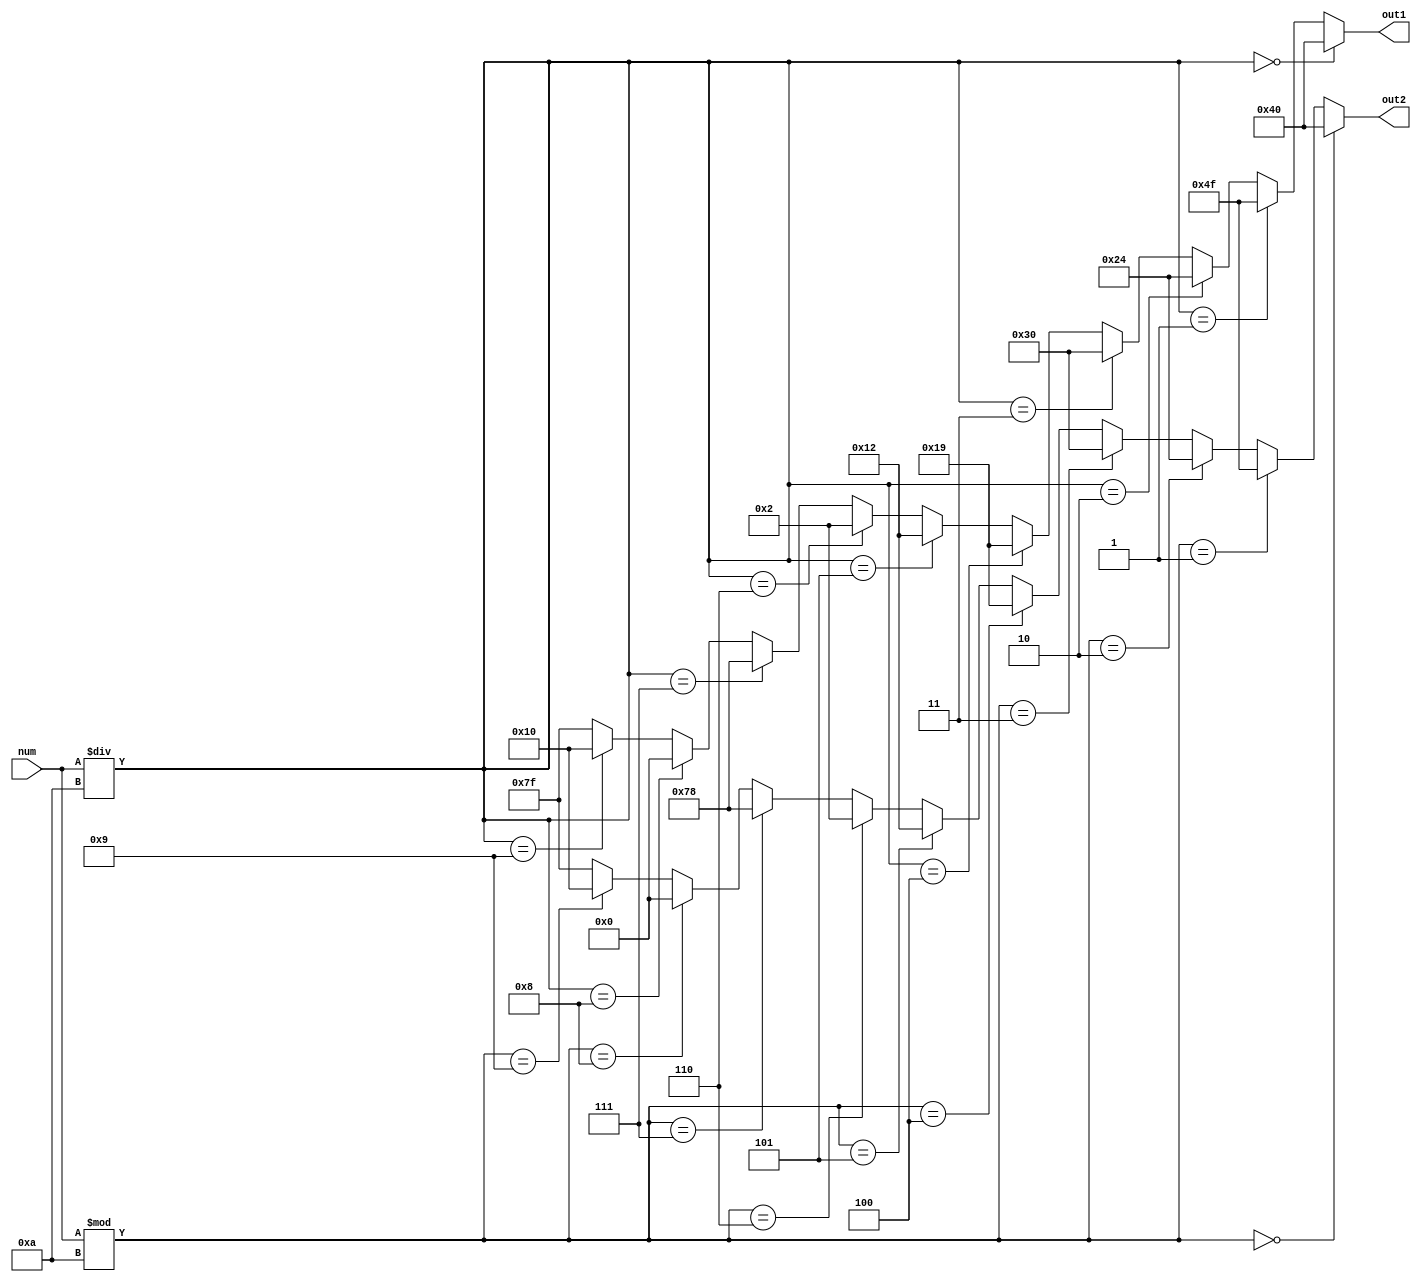
module sevenSegConv (num, out1, out2);
  input [31:0] num;
  output [6:0] out1, out2;

  wire [31:0] numLower = num / 10;
  wire [31:0] numUpper = num % 10;

  assign out1 = (numLower == 32'd0) ? 7'b1000000:
               (numLower == 32'd1) ? 7'b1001111:
               (numLower == 32'd2) ? 7'b0100100:
               (numLower == 32'd3) ? 7'b0110000:
               (numLower == 32'd4) ? 7'b0011001:
               (numLower == 32'd5) ? 7'b0010010:
               (numLower == 32'd6) ? 7'b0000010:
               (numLower == 32'd7) ? 7'b1111000:
               (numLower == 32'd8) ? 7'b0000000:
               (numLower == 32'd9) ? 7'b0010000: 7'b1111111;

 assign out2 = (numUpper == 32'd0) ? 7'b1000000:
              (numUpper == 32'd1) ? 7'b1001111:
              (numUpper == 32'd2) ? 7'b0100100:
              (numUpper == 32'd3) ? 7'b0110000:
              (numUpper == 32'd4) ? 7'b0011001:
              (numUpper == 32'd5) ? 7'b0010010:
              (numUpper == 32'd6) ? 7'b0000010:
              (numUpper == 32'd7) ? 7'b1111000:
              (numUpper == 32'd8) ? 7'b0000000:
              (numUpper == 32'd9) ? 7'b0010000: 7'b1111111;
endmodule // sevenSegConv